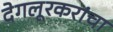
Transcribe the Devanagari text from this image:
देगलूरकरांचा